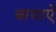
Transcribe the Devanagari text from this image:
बाधाऐं